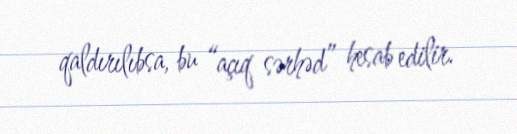
qaldırılıbsa, bu “açıq sərhəd” hesab edilir.